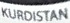
KURDISTAN